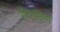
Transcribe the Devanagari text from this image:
मैगाजिन